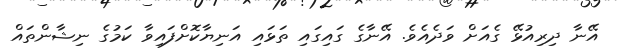
އޭނާ ދިރިއުޅޭ ގެއަށް ވަދެއެވެ. އޭނާގެ ގައިގައި ތަޅައި އަނިޔާކޮށްފައިވާ ކަމުގެ ނިޝާންތައް